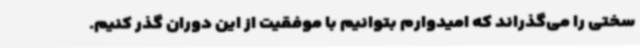
سختی را می‌گذراند که امیدوارم بتوانیم با موفقیت از این دوران گذر کنیم.